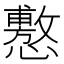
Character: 懯